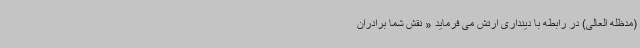
(مدظله العالی) در رابطه با دینداری ارتش می فرماید « نقش شما برادران